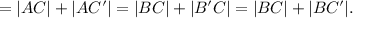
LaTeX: = | A C | + | A C ^ { \prime } | = | B C | + | B ^ { \prime } C | = | B C | + | B C ^ { \prime } | .